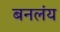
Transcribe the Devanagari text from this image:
बनलंय